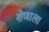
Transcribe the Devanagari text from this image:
शेणाला